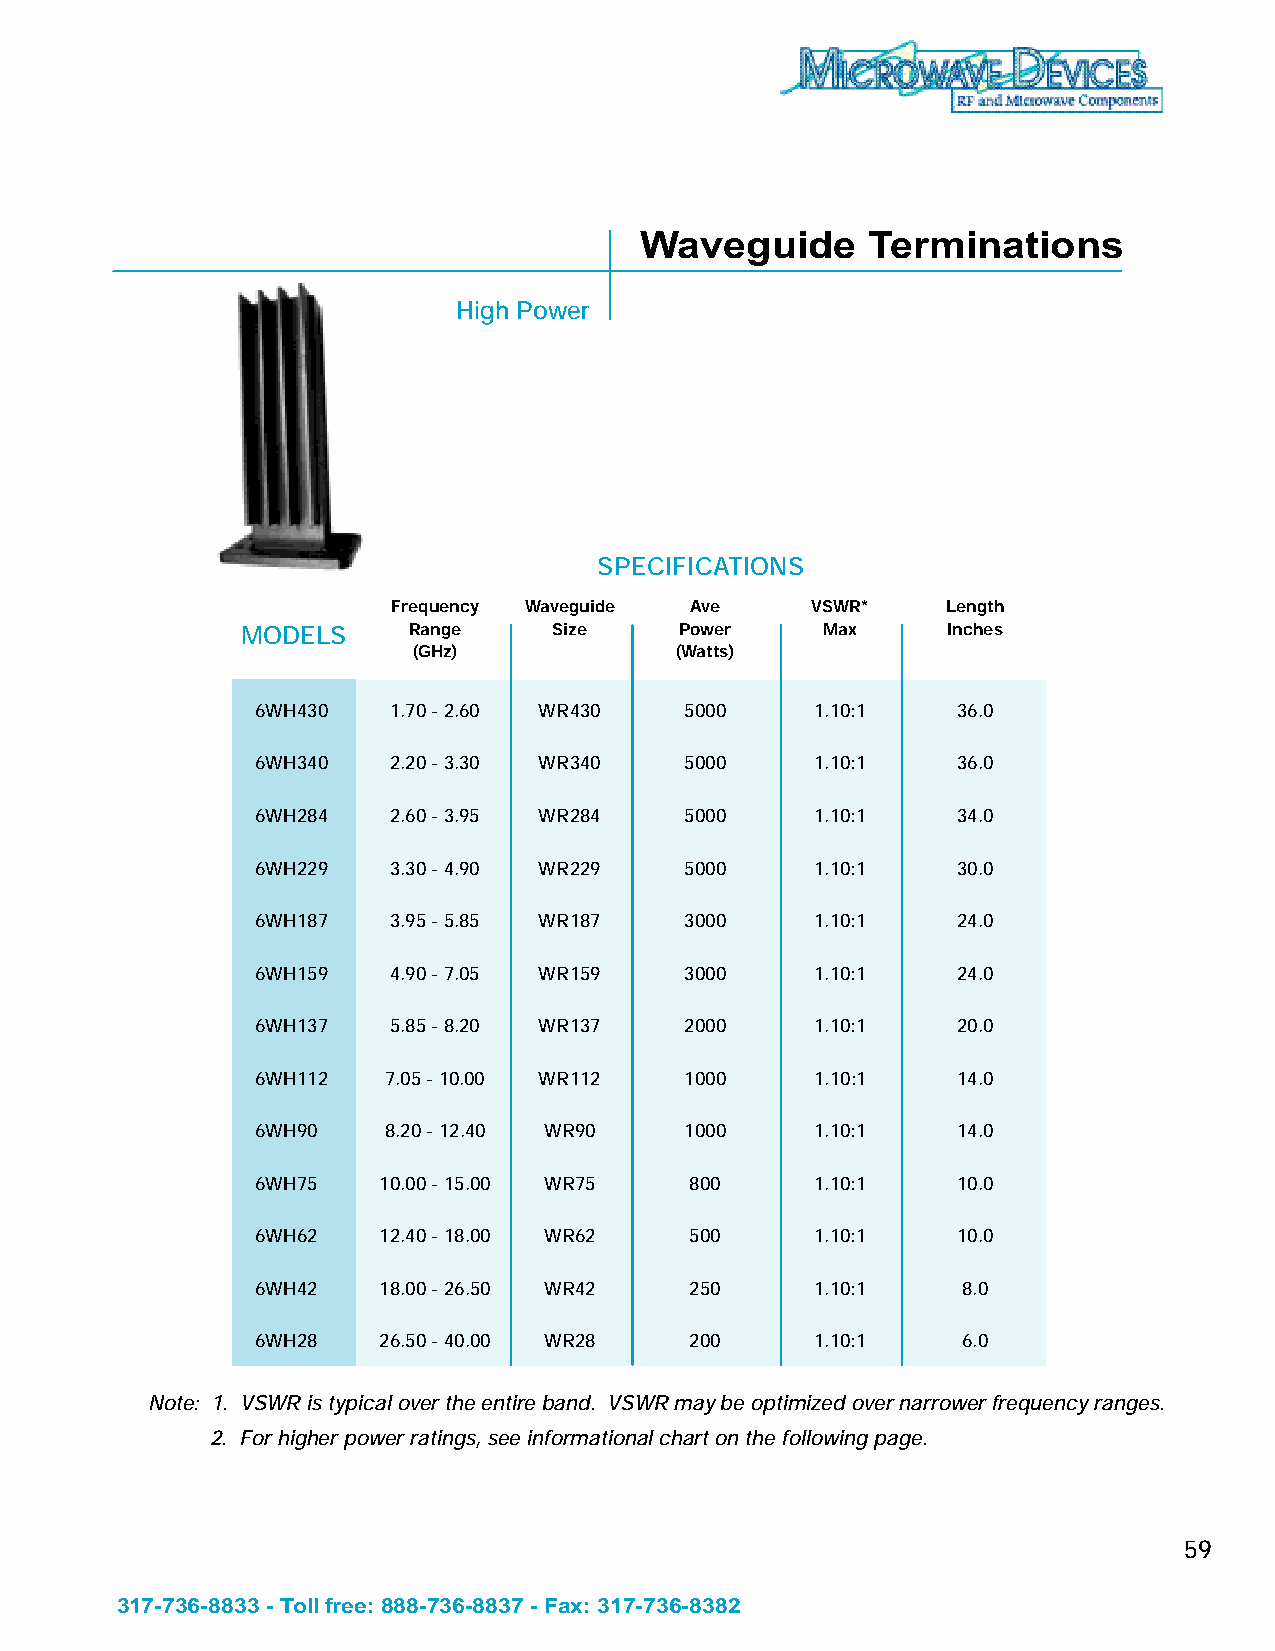
Waveguide      Terminations
 High Power
 SPECIFICATIONS
 Frequency Waveguide Ave     VSWR*    Length
 MODELS     Range     Size    Power    Max      Inches
 (GHz)             (Watts)
 6WH430   1.70 - 2.60 WR430  5000     1.10:1   36.0
 6WH340   2.20 - 3.30 WR340  5000     1.10:1   36.0
 6WH284   2.60 - 3.95 WR284  5000     1.10:1   34.0
 6WH229   3.30 - 4.90 WR229  5000     1.10:1   30.0
 6WH187   3.95 - 5.85 WR187  3000     1.10:1   24.0
 6WH159   4.90 - 7.05 WR159  3000     1.10:1   24.0
 6WH137   5.85 - 8.20 WR137  2000     1.10:1   20.0
 6WH112  7.05 - 10.00 WR112  1000     1.10:1   14.0
 6WH90   8.20 - 12.40 WR90   1000     1.10:1   14.0
 6WH75   10.00 - 15.00 WR75   800     1.10:1   10.0
 6WH62   12.40 - 18.00 WR62   500     1.10:1   10.0
 6WH42   18.00 - 26.50 WR42   250     1.10:1    8.0
 6WH28   26.50 - 40.00 WR28   200     1.10:1    6.0
 Note: 1. VSWR is typical over the entire band. VSWR may be optimized over narrower frequency ranges.
 2. For higher power ratings, see informational chart on the following page.
 59
 317-736-8833 - Toll free: 888-736-8837 - Fax: 317-736-8382